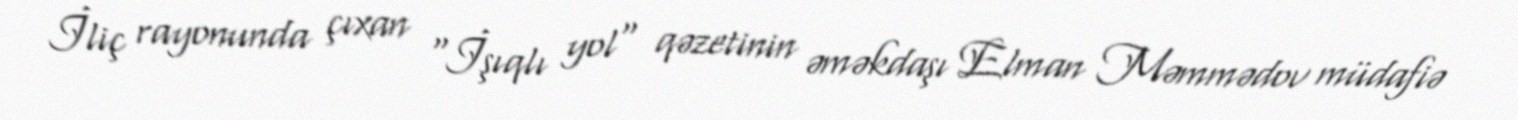
İliç rayonunda çıxan "İşıqlı yol" qəzetinin əməkdaşı Elman Məmmədov müdafiə